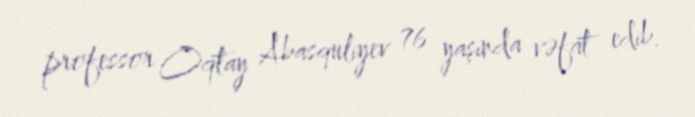
professor Oqtay Abasquliyev 76 yaşında vəfat edib.